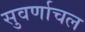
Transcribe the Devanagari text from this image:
सुवर्णाचल